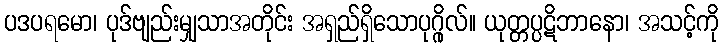
ပဒပရမော၊ ပုဒ်ဗျည်းမျှသာအတိုင်း အရှည်ရှိသောပုဂ္ဂိုလ်။ ယုတ္တပ္ပဋိဘာနော၊ အသင့်ကို